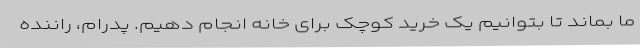
ما بماند تا بتوانیم یک خرید کوچک برای خانه انجام دهیم. پدرام، راننده